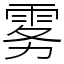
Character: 雾